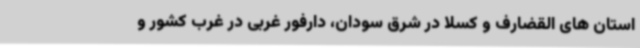
استان های القضارف و کسلا در شرق سودان، دارفور غربی در غرب کشور و